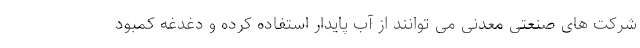
شرکت های صنعتی معدنی می توانند از آب پایدار استفاده کرده و دغدغه کمبود